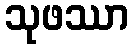
သုဖဿာ